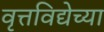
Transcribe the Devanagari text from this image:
वृत्तविद्येच्या